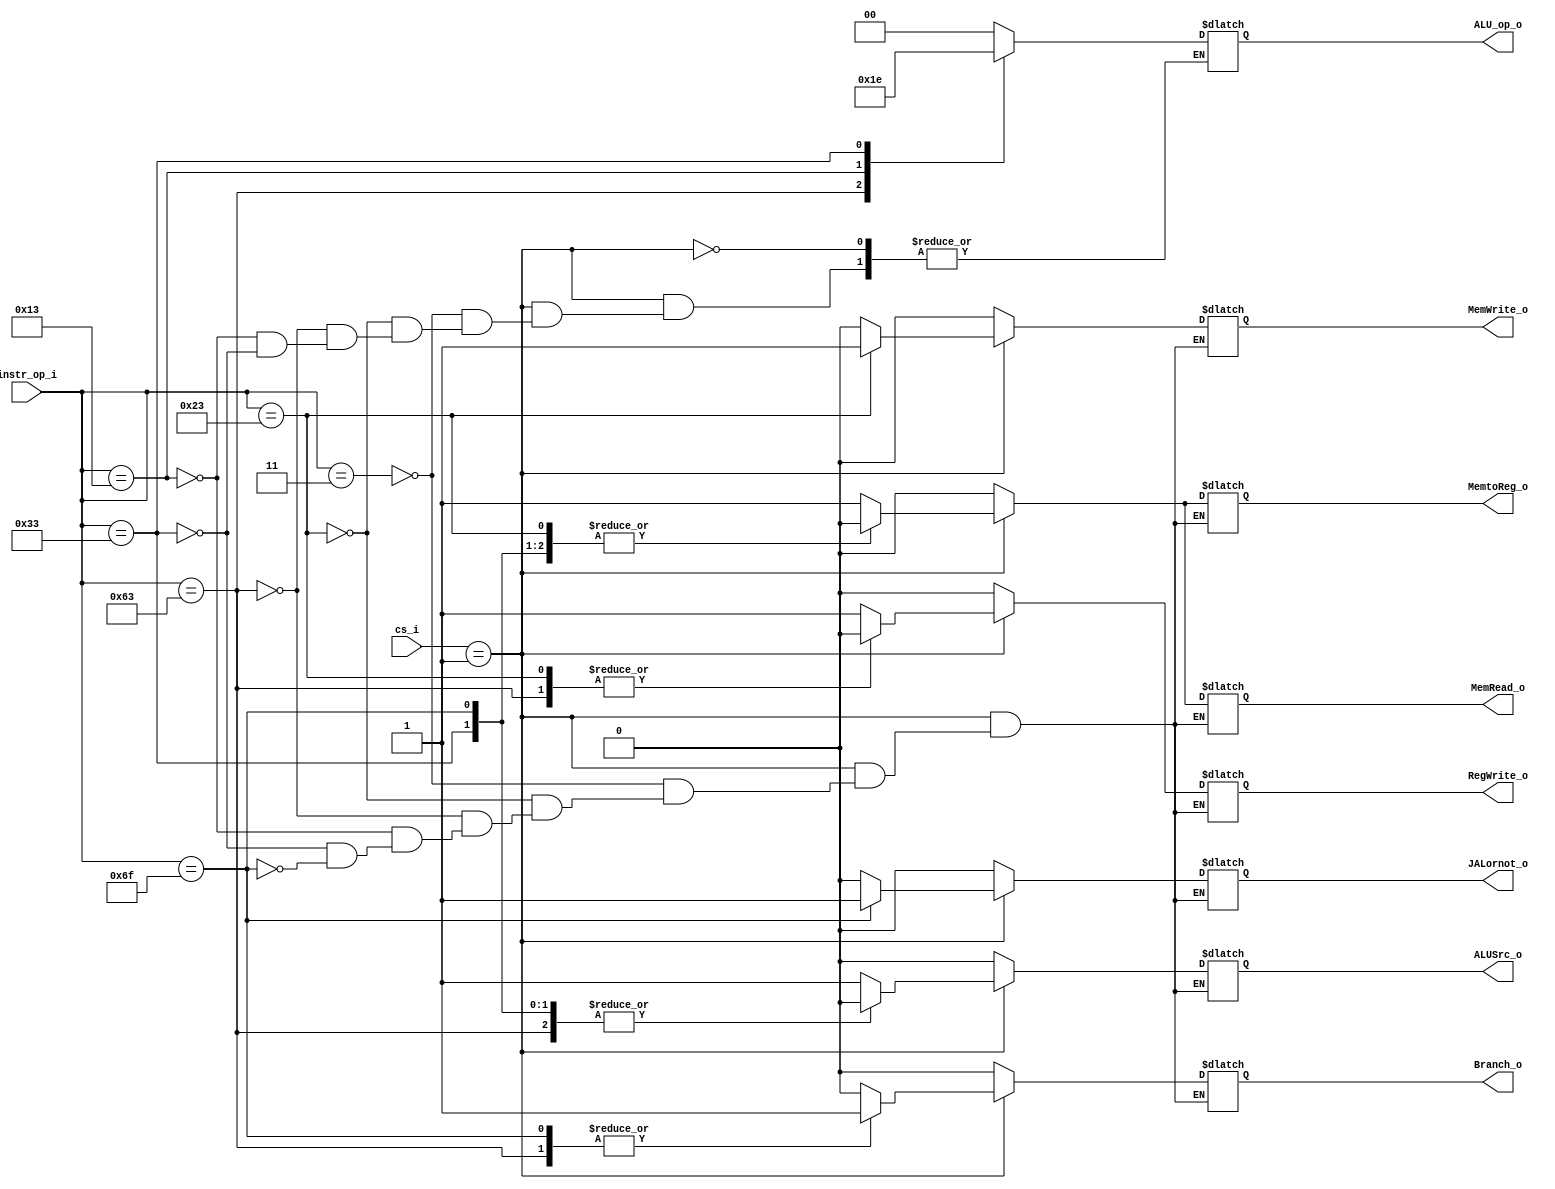
module Decoder(
    instr_op_i,
	cs_i,
    RegWrite_o,
	ALU_op_o,
	ALUSrc_o,
	Branch_o,
	MemRead_o,
	MemWrite_o,
	MemtoReg_o,
	JALornot_o
);
    
localparam CI = 3;
//I/O ports
input	[7-1:0]	instr_op_i;
input   [4:0]   cs_i;
output			RegWrite_o;
output	[2-1:0]	ALU_op_o;
output			ALUSrc_o;
output			Branch_o;
output			MemRead_o;
output			MemWrite_o;
output			MemtoReg_o;
output			JALornot_o;
//Internal Signals
reg	[2-1:0]		ALU_op_o;
reg				ALUSrc_o;
reg				RegWrite_o;
reg				Branch_o;
reg				MemRead_o;
reg				MemWrite_o;
reg				MemtoReg_o;
reg				JALornot_o;
/*	Main function	*/
always@(*) begin
    if (cs_i == 1) begin
        case(instr_op_i)
            7'b0000011: begin 
                /*	LD	*/
                ALUSrc_o    = 1; 
                RegWrite_o  = 1; 
                Branch_o    = 0; 
                MemRead_o   = 1;
                MemWrite_o  = 0;
                MemtoReg_o  = 1; 
                JALornot_o  = 0;
                ALU_op_o = 2'b00; 
            end 
            7'b0100011: begin 
                /*	SD	*/
                ALUSrc_o    = 1; 
                RegWrite_o  = 0;
                Branch_o    = 0;
                MemRead_o   = 0;
                MemWrite_o  = 1;
                MemtoReg_o  = 0;
                JALornot_o  = 0; 
                ALU_op_o = 2'b00; 
            end 
            7'b1100011: begin 
                /*	BEQ & BNE	*/
                ALUSrc_o    = 0; 
                RegWrite_o  = 0;
                Branch_o    = 1;
                MemRead_o   = 0;
                MemWrite_o  = 0;
                MemtoReg_o  = 0;
                JALornot_o  = 0; 
                ALU_op_o = 2'b01; 
            end 
            7'b0010011: begin 
                /*	Arithmetic i	*/ 
                ALUSrc_o    = 1; 
                RegWrite_o  = 1;
                Branch_o    = 0;
                MemRead_o   = 0;
                MemWrite_o  = 0;
                MemtoReg_o  = 0;
                JALornot_o  = 0; 
                ALU_op_o = 2'b11; 
            end 
            7'b0110011: begin 
                /*	Arithmetic	*/
                ALUSrc_o    = 0; 
                RegWrite_o  = 1;
                Branch_o    = 0;
                MemRead_o   = 0;
                MemWrite_o  = 0;
                MemtoReg_o  = 0;
                JALornot_o  = 0; 
                ALU_op_o = 2'b10; 
            end
            7'b1101111: begin 
                /*	JAL	*/
                ALUSrc_o    = 0; 
                RegWrite_o  = 1;
                Branch_o    = 1;
                MemRead_o   = 0;
                MemWrite_o  = 0;
                MemtoReg_o  = 0;
                JALornot_o  = 1; 
            end
        endcase
    end
    else begin 
        ALUSrc_o    = 0;
        RegWrite_o  = 0;
        Branch_o    = 0;
        MemRead_o   = 0;
        MemWrite_o  = 0;
        MemtoReg_o  = 0;
        JALornot_o  = 0;
    end
end
endmodule